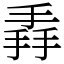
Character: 掱